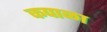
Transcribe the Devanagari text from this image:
कपाळा